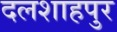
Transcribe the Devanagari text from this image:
दलशाहपुर